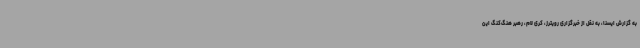
به گزارش ایسنا، به نقل از خبرگزاری رویترز، کری لام، رهبر هنگ‌کنگ این